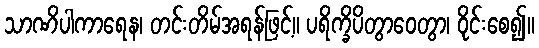
သာဏိပါကာရေန၊ တင်းတိမ်အရန်ဖြင့်။ ပရိက္ခိပိတွာဝေတွာ၊ ဝိုင်းစေ၍။